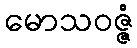
မောသဝဇ္ဇံ